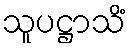
သူပဋ္ဌာသိံ